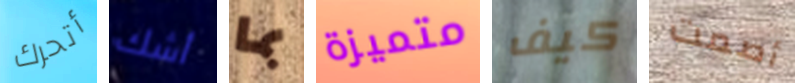
أتحرك أشك بما متميزة كيف أصمت